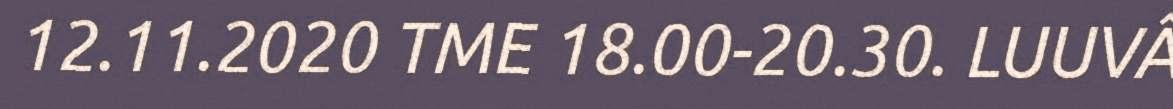
12.11.2020 TME 18.00-20.30. LUUVÂ